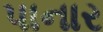
પાનાર